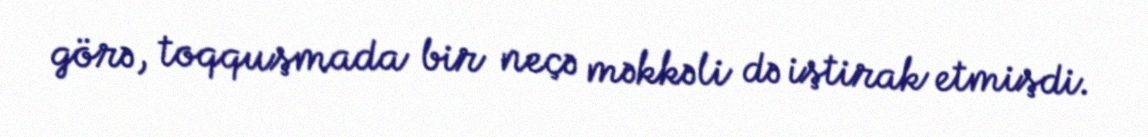
görə, toqquşmada bir neçə məkkəli də iştirak etmişdi.